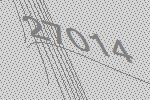
27014